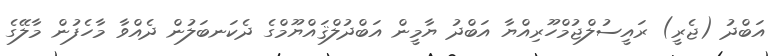
އަބްދު (ޖެރީ) ރައީސުލްޖުމްހޫރިއްޔާ އަބްދު ޔާމީން އަބްދުލްޤައްޔޫމްގެ ދެކަނބަލުން ދެއްވާ މާހެފުން މާލޭގެ